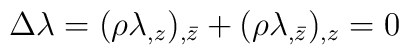
\Delta\lambda=(\rho \lambda_{,z})_{,\bar z} + (\rho \lambda_{,\bar z})_{,z} = 0